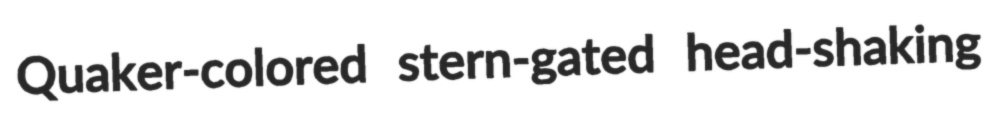
Quaker-colored stern-gated head-shaking